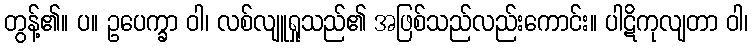
တွန့်၏။ ပ။ ဥပေက္ခာ ဝါ၊ လစ်လျူရှုသည်၏ အဖြစ်သည်လည်းကောင်း။ ပါဋိကုလျတာ ဝါ၊